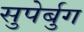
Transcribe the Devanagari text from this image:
सुपेर्बुग